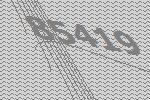
85419